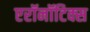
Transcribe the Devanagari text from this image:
एरॉनॉटिक्स